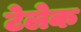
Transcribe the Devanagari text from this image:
टेलेक